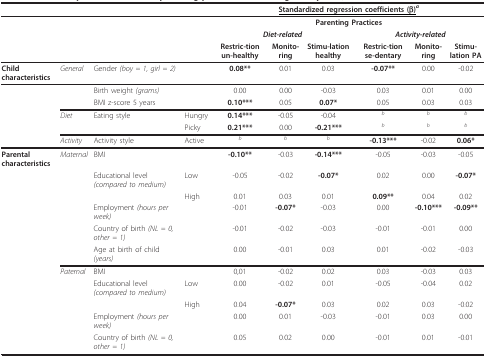
<table><thead><tr><td></td><td></td><td></td><td></td><td colspan="6"><b><underline>Standardized regression coefficients (β)</underline><sup><i>a</i></sup></b></td></tr></thead><tbody><tr><td></td><td></td><td></td><td></td><td colspan="6"><b>Parenting Practices</b></td></tr><tr><td></td><td></td><td></td><td></td><td colspan="3"><b><i>Diet-related</i></b></td><td colspan="3"><b><i>Activity-related</i></b></td></tr><tr><td></td><td></td><td></td><td></td><td><b>Restric-tion un-healthy</b></td><td><b>Monito-ring</b></td><td><b>Stimu-lation healthy</b></td><td><b>Restric-tion se-dentary</b></td><td><b>Monito-ring</b></td><td><b>Stimu-lation PA</b></td></tr><tr><td><b>Child characteristics</b></td><td><i>General</i></td><td>Gender <i>(boy = 1, girl = 2)</i></td><td></td><td><b>0.08**</b></td><td>0.01</td><td>0.03</td><td><b>-0.07**</b></td><td>0.00</td><td>-0.02</td></tr><tr><td></td><td></td><td>Birth weight <i>(grams)</i></td><td></td><td>0.00</td><td>0.00</td><td>-0.03</td><td>0.03</td><td>0.01</td><td>0.00</td></tr><tr><td></td><td></td><td>BMI z-score 5 years</td><td></td><td><b>0.10***</b></td><td>0.05</td><td><b>0.07*</b></td><td>0.05</td><td>0.03</td><td>0.03</td></tr><tr><td></td><td><i>Diet</i></td><td>Eating style</td><td>Hungry</td><td><b>0.14***</b></td><td>-0.05</td><td>-0.04</td><td><sup><i>b</i></sup></td><td><sup><i>b</i></sup></td><td><sup><i>b</i></sup></td></tr><tr><td></td><td></td><td></td><td>Picky</td><td><b>0.21***</b></td><td>0.00</td><td><b>-0.21***</b></td><td><sup><i>b</i></sup></td><td><sup><i>b</i></sup></td><td><sup><i>b</i></sup></td></tr><tr><td></td><td><i>Activity</i></td><td>Activity style</td><td>Active</td><td><sup><i>b</i></sup></td><td><sup><i>b</i></sup></td><td><sup><i>b</i></sup></td><td><b>-0.13***</b></td><td>-0.02</td><td><b>0.06*</b></td></tr><tr><td><b>Parental characteristics</b></td><td><i>Maternal</i></td><td>BMI</td><td></td><td><b>-0.10**</b></td><td>-0.03</td><td><b>-0.14***</b></td><td>-0.05</td><td>-0.03</td><td>-0.05</td></tr><tr><td></td><td></td><td>Educational level <i>(compared to medium)</i></td><td>Low</td><td>-0.05</td><td>-0.02</td><td><b>-0.07*</b></td><td>0.02</td><td>0.00</td><td><b>-0.07*</b></td></tr><tr><td></td><td></td><td></td><td>High</td><td>0.01</td><td>0.03</td><td>0.01</td><td><b>0.09**</b></td><td>0.04</td><td>0.02</td></tr><tr><td></td><td></td><td>Employment <i>(hours per week)</i></td><td></td><td>-0.01</td><td><b>-0.07*</b></td><td>-0.03</td><td>0.00</td><td><b>-0.10***</b></td><td><b>-0.09**</b></td></tr><tr><td></td><td></td><td>Country of birth <i>(NL = 0, other = 1)</i></td><td></td><td>-0.01</td><td>-0.02</td><td>-0.03</td><td>-0.01</td><td>-0.01</td><td>0.00</td></tr><tr><td></td><td></td><td>Age at birth of child <i>(years)</i></td><td></td><td>0.00</td><td>-0.01</td><td>0.03</td><td>0.01</td><td>-0.02</td><td>-0.03</td></tr><tr><td></td><td><i>Paternal</i></td><td>BMI</td><td></td><td>0,01</td><td>-0.02</td><td>0.02</td><td>0.03</td><td>-0.03</td><td>0.03</td></tr><tr><td></td><td></td><td>Educational level <i>(compared to medium)</i></td><td>Low</td><td>0.00</td><td>-0.02</td><td>0.01</td><td>-0.05</td><td>-0.04</td><td>0.02</td></tr><tr><td></td><td></td><td></td><td>High</td><td>0.04</td><td><b>-0.07*</b></td><td>0.03</td><td>0.02</td><td>0.03</td><td>-0.02</td></tr><tr><td></td><td></td><td>Employment <i>(hours per week)</i></td><td></td><td>0.00</td><td>0.01</td><td>-0.03</td><td>-0.01</td><td>0.03</td><td>0.00</td></tr><tr><td></td><td></td><td>Country of birth <i>(NL = 0, other = 1)</i></td><td></td><td>0.05</td><td>0.02</td><td>0.00</td><td>-0.01</td><td>0.01</td><td>-0.01</td></tr></tbody></table>